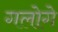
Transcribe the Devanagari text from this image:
गलोगे